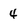
Character: 4